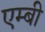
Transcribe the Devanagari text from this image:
एम्बी